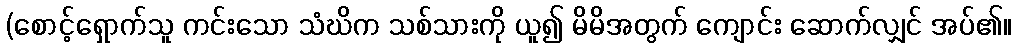
(စောင့်ရှောက်သူ ကင်းသော သံဃိက သစ်သားကို ယူ၍ မိမိအတွက် ကျောင်း ဆောက်လျှင် အပ်၏။